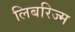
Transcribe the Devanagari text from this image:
लिबरिज्म